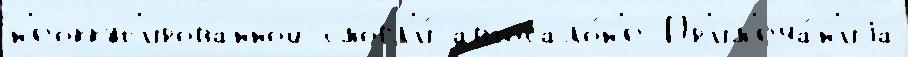
н'еоккуп'ированной смогл'и́ автосало́н'е Пр'им'еча́н'иjа